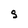
Character: s